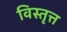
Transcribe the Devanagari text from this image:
विस्तृत्त